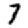
Digit: 7